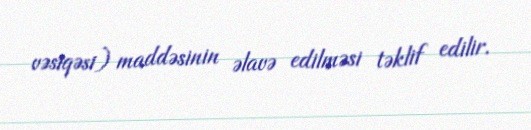
vəsiqəsi) maddəsinin əlavə edilməsi təklif edilir.